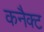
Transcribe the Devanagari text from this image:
कनैक्ट